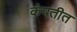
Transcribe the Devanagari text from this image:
कंपतीत